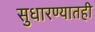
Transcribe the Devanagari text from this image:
सुधारण्यातही